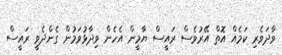
ވާދަވެރި ކަމެއް އޮތް އޭރުވެސް ރައީސް ޔާމީން އެހެން ވިދާޅުވަމުން ގެންދެވީ ރައީސް